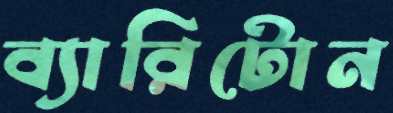
ব্যারিটোন